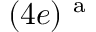
( 4 e ) ^ { \mathrm { ~ a ~ } }